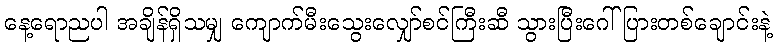
နေ့ရောညပါ အချိန်ရှိသမျှ ကျောက်မီးသွေးလျှော်စင်ကြီးဆီ သွားပြီးဂေါ်ပြားတစ်ချောင်းနဲ့